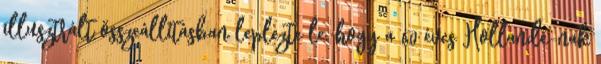
illusztrált összeállításban leplezte le, hogy a 60 éves Hollande-nak